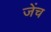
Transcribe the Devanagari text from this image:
जेंच